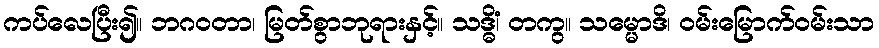
ကပ်လေပြီး၍။ ဘဂဝတာ၊ မြတ်စွာဘုရားနှင့်။ သဒ္ဓိံ၊ တကွ။ သမ္မောဒိ၊ ဝမ်းမြောက်ဝမ်းသာ